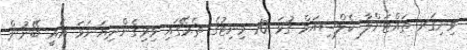
ވިނިގަރ ތައްޓަށްލާ ކެލްސިއަމް ގުޅަ 10 މިނިޓުގެ ތެރޭގައި ވިރިގެންދިޔަނަމަ އެއީ ބޭނުން